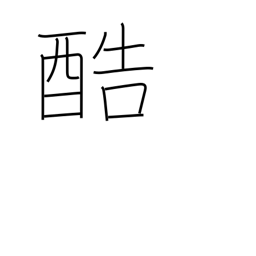
Meaning: severe